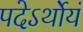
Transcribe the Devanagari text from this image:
पदेऽर्थोयं